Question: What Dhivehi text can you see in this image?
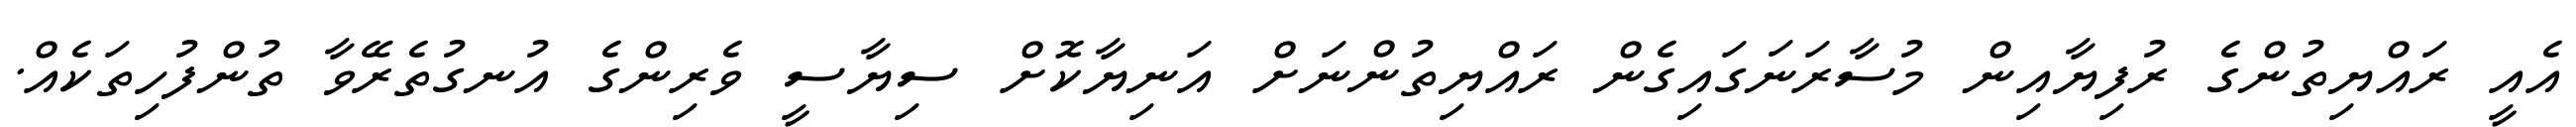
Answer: އެއީ ރައްޔިތުންގެ ރުފިޔާއިން މުސާރަނަގައިގެން ރައްޔިތުންނަށް އަނިޔާކޮށް ސިޔާސީ ވެރިންގެ އުނގުތެރޭވާ ތުންފުހިތަކެއް.